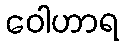
ဝေါဟာရ